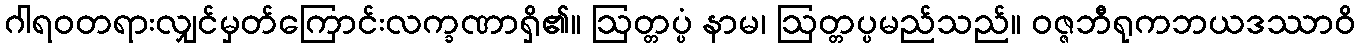
ဂါရဝတရားလျှင်မှတ်ကြောင်းလက္ခဏာရှိ၏။ ဩတ္တပ္ပံ နာမ၊ ဩတ္တပ္ပမည်သည်။ ဝဇ္ဇဘီရုကဘယဒဿာဝိ